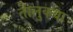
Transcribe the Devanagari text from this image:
तालुकया